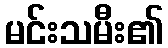
မင်းသမီး၏